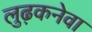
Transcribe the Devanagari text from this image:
लुढ़कनेवा